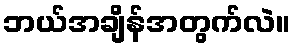
ဘယ်အချိန်အတွက်လဲ။